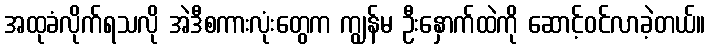
အထုခံလိုက်ရသလို အဲဒီစကားလုံးတွေက ကျွန်မ ဦးနှောက်ထဲကို ဆောင့်ဝင်လာခဲ့တယ်။